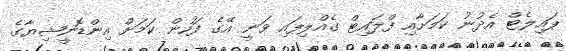
ޕައިލެޓް އެދުނު ކަމަށާއި ފްލައިޓް ގެއްލިފައި ވަނީ އޭގެ ފަހުން ކަމަށް އިންޑޮނީޝިޔާގެ